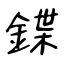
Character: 鍱